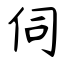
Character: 伺